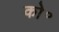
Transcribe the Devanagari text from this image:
को॰